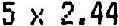
5 X 2.44